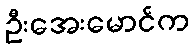
ဦးအေးမောင်က